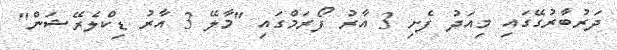
ދަރުބާރުގޭގައި މިއަދު ފެށި 3 އާރު ފޯރަމްގައި "މާލޭ 3 އާރު ޑިކްލެރޭޝަން"